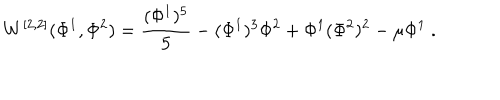
W ^ { [ 2 , 2 ] } ( \Phi ^ { 1 } , \Phi ^ { 2 } ) = { \frac { ( \Phi ^ { 1 } ) ^ { 5 } } { 5 } } - ( \Phi ^ { 1 } ) ^ { 3 } \Phi ^ { 2 } + \Phi ^ { 1 } ( \Phi ^ { 2 } ) ^ { 2 } - \mu \Phi ^ { 1 } ~ .